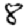
Digit: 8